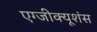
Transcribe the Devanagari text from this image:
एग्जीक्यूशंस